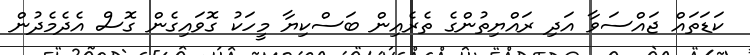
ކަޑަތައް ޖައްސަވާ އަދި ރައްޔިތުންގެ ތެރެއިން ބަސްކިޔާ މީހަކު ގޮވައިގެން ގޮސް އެދެމެދުން